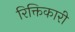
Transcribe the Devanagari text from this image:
रिक्तिकारी